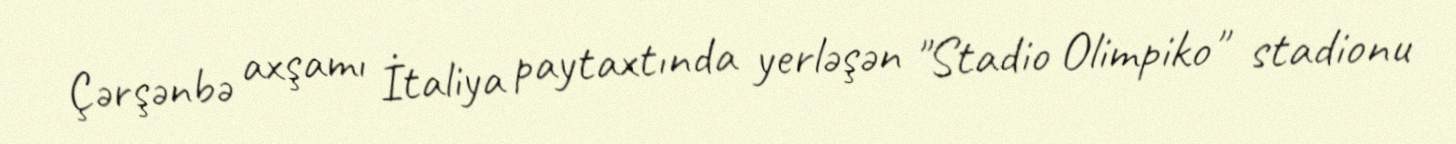
Çərşənbə axşamı İtaliya paytaxtında yerləşən "Stadio Olimpiko" stadionu